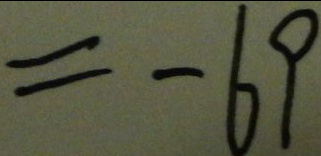
= - 6 9